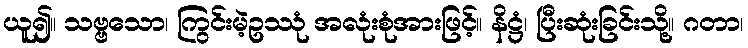
ယူ၍။ သဗ္ဗသော၊ ကြွင်းမဲ့ဥဿုံ အလုံးစုံအားဖြင့်။ နိဋ္ဌံ၊ ပြီးဆုံးခြင်းသို့။ ဂတာ၊